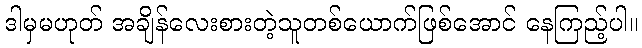
ဒါမှမဟုတ် အချိန်လေးစားတဲ့သူတစ်ယောက်ဖြစ်အောင် နေကြည့်ပါ။